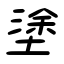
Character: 塗